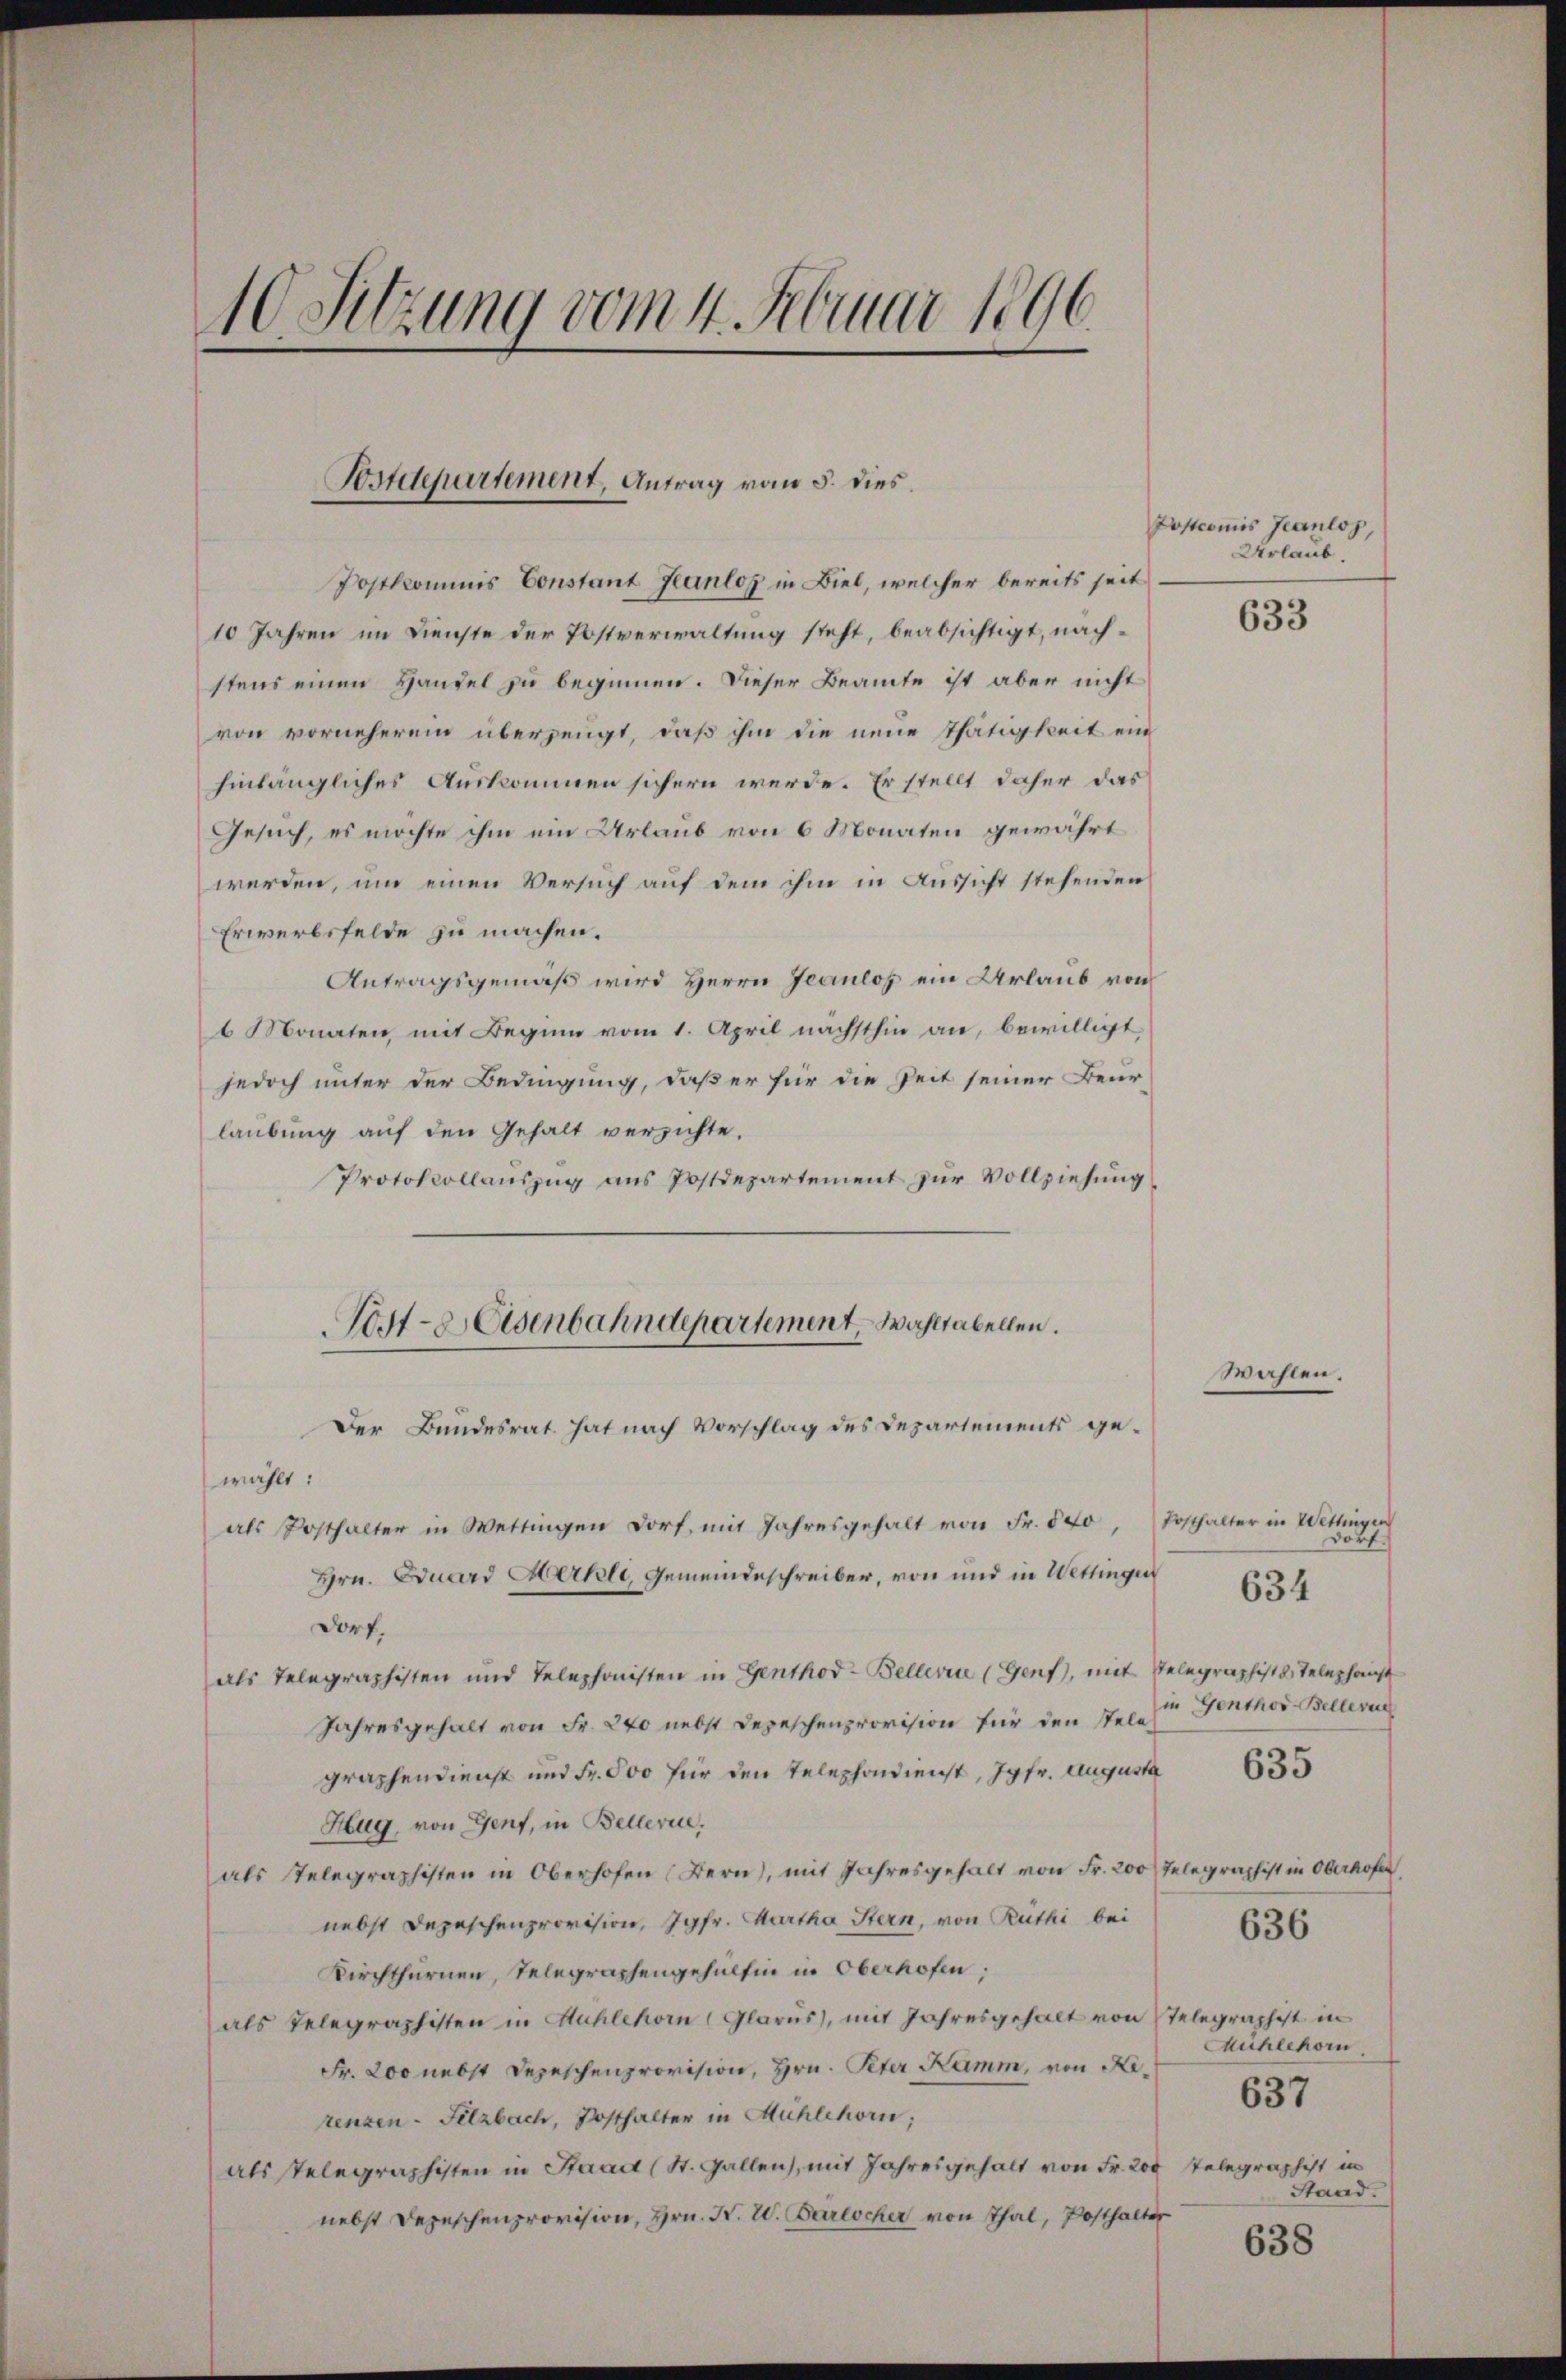
10 Sitzung vom 4. Februar 1896.

Postdepartement, Antrag vom 5. dies

Post-Eisenbahndepartement, Wahltabellen.

Postcomis Jeanlos,
Urlaub.

Joskommis Constant Jeanloz in Biel, welcher bereits seit
10 Jahren im Dienste der Postverwaltung steht, beabsichtigt, nachstens einen Handel zu beginnen. Dieser Beamte ist aber nicht
von vornehmend überzeugt, daß ihm die neue Thätigkeit ein
hinlängliches Auskommen sichern werde. Er stellt daher das
Gesuch, es möchte ihm ein Urlaub von 6 Monaten gewährt
werden, um einen Versuch auf dem ihm in Aussicht stehenden
Erwerbsfelde zu machen.
Antragsgemäß wird Herrn Jeaulos ein Urlaub von
6 Monaten, mit Beginn vom 1. April nächsthin an, bewilligt,
jedoch unter der Bedingung, daß er für die Zeit seiner Beur-
laubung auf den Gehalt verzichte.
Protokollauszug aus Postdepartement zur Vollziehung.
Der Bundesrat hat nach Vorschlag des Departements ge-
wählt:
als Posthalter in Wettingen dort, mit Jahresgehalt von Fr. 540, Posthalter in Wettingen
Dorf
Hrn. Eduard Merkle, Gemeindeschreiber, von und in Wettingen
634
dorf.
als Telegraphisten und Telephonisten in Genthod-Bellerin (Genf), mit Telegraphisto Telephonst
in Genthor Bellerun
Jahresgehalt von Fr. 240 nebst Depeschenprovision für den stele
635
graphendienst und Fr. 800 für den Telephondienst, Jgfr. Augusta
Hug, von Genf, in Bellerie,
als Telegraphisten in Oberhofen (Bern), mit Jahresgehalt von Fr. 200 Telegraphist in Oberhofer
nebst Depeschenprovision, Jgfr. Martha Stern, von Rüthi bei
636
Kirchtfernen, Telegraphengehülfen in Oberhofen;
als Telegraphisten in Mühlehorn (Glarus), mit Jahresgehalt von Telegraphist in
Muhlehorn
Fr. 200 nebst Depeschenprovision, Hrn. Peter Kamm, von Ke¬
637
renzen-Felzbach, Posthalter in Mühlehorn,
als Telegraphisten in Staad (St. Gallen, mit Jahresgehalt von Fr. 200 Telegraphist in
Stand.
nebst Depeschenprovision, Hrn. F. W. Parischer von Thal, Posthalter
638

Wahlen.

633